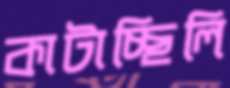
কাটাচ্ছিলি